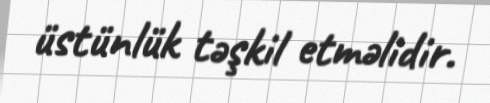
üstünlük təşkil etməlidir.